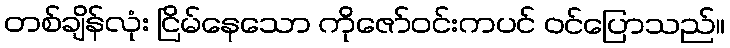
တစ်ချိန်လုံး ငြိမ်နေသော ကိုဇော်ဝင်းကပင် ဝင်ပြောသည်။